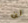
لن